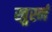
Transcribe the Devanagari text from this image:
खुर्स्न